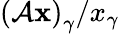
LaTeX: {{(\mathcal{A}{\mathbf x})}_{\gamma}}/{x_{\gamma}}